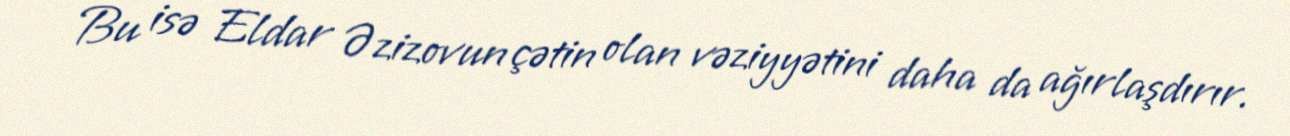
Bu isə Eldar Əzizovun çətin olan vəziyyətini daha da ağırlaşdırır.